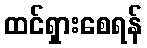
ထင်ရှားစေရန်